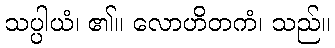
သပ္ပါယံ၊ ၏။ လောဟိတကံ၊ သည်။